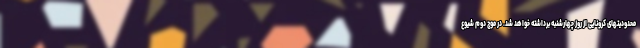
محدودیتهای کرونایی از روز چهارشنبه برداشته خواهد شد. در موج دوم شیوع